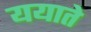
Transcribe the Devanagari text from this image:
ययाते